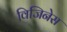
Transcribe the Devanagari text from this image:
विजिनेस